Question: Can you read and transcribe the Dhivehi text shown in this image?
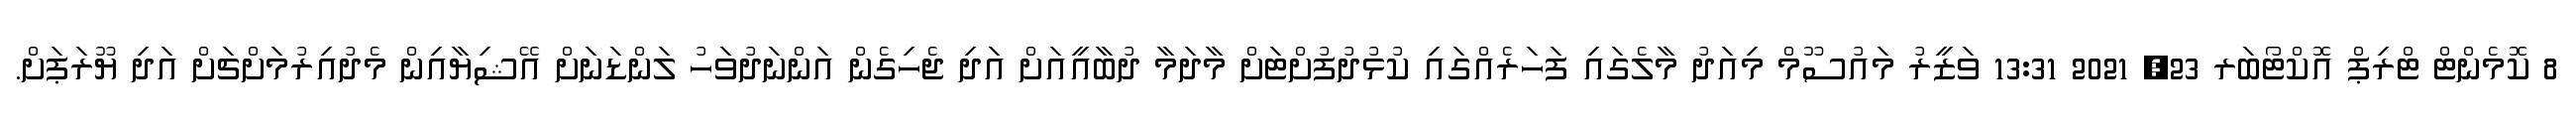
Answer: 8 ކޮމެންޓް ޓްރިޕް އޮކްޓޯބަރ 23, 2021 13:31 ވަޒީރު މައުސޫމް މިއަދު މާލެގައި ފަހަރެއްގައި ކުޅުދުފުށްޓަށް މާދަމާ ދުބާއީއަށް އަދި ޖެހިގެން އަންނަދުވަހު ލަންޑަނަށް އޭޝިޔާއިން މެދުއިރުމަށްޗަށް އަދި ޔޫރަޕަށް.